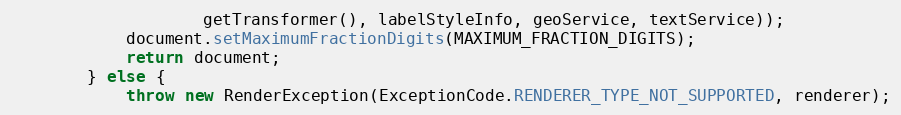
Language: Java
					getTransformer(), labelStyleInfo, geoService, textService));
			document.setMaximumFractionDigits(MAXIMUM_FRACTION_DIGITS);
			return document;
		} else {
			throw new RenderException(ExceptionCode.RENDERER_TYPE_NOT_SUPPORTED, renderer);